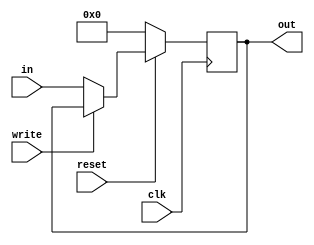
module register16(clk, out, in, write, reset); 
output reg [15:0] out;
input [15:0] in;
input clk, write, reset;
always@(posedge clk) begin
if(reset==0) begin
out = 16'b0;
end
else if(write == 1'b0) begin
out = in;
end
end
endmodule